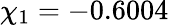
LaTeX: \chi_{1}=-0.6004